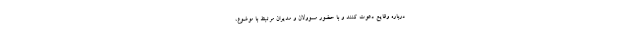
درباره وقايع دعوت كنند و با حضور مسوولان و مديران مرتبط با موضوع،